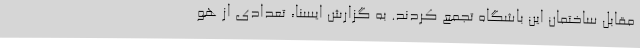
مقابل ساختمان این باشگاه تجمع کردند. به گزارش ایسنا، تعدادی از هو